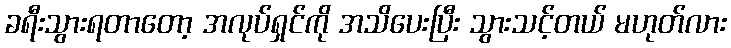
ခရီးသွားရတာတော့ အလုပ်ရှင်ကို အသိပေးပြီး သွားသင့်တယ် မဟုတ်လား